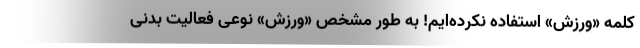
کلمه «ورزش» استفاده نکرده‌ایم! به طور مشخص «ورزش» نوعی فعالیت بدنی